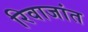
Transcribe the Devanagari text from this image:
रिवाजांत